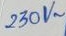
Text: 230V~